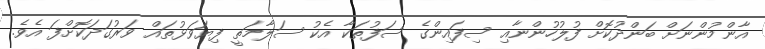
އާންމުންނަށް ބަންދުކޮށް ފުލުހުންނާއި ސިފައިންގެ ސަފުތަކާ އެކު ސަލާމަތީ ފިޔަވަޅުތައް ވަރުގަދަކޮށްފަ އެވެ.